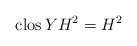
LaTeX: \begin{align*}\operatorname{clos}YH^2=H^2\end{align*}